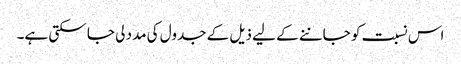
اس نسبت کو جاننے کے لیے ذیل کے جدول کی مدد لی جا سکتی ہے۔